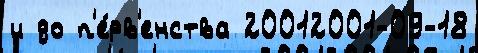
и до п'е́рв'енства 20012001-09-18